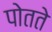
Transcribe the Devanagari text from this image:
पोतते